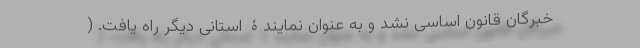
خبرگان قانون اساسی نشد و به عنوان نمایندۀ استانی دیگر راه یافت. (